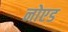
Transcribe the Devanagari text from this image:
नोएड